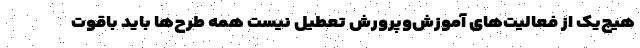
هیچ‌یک از فعالیت‌های آموزش‌وپرورش تعطیل نیست همه طرح‌ها باید باقوت